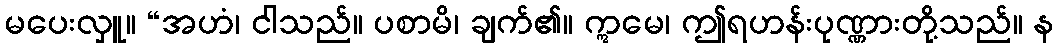
မပေးလှူ။ “အဟံ၊ ငါသည်။ ပစာမိ၊ ချက်၏။ ဣမေ၊ ဤရဟန်းပုဏ္ဏားတို့သည်။ န